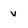
Character: v